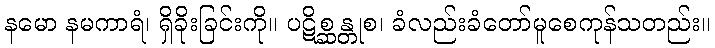
နမော နမကာရံ၊ ရှိခိုးခြင်းကို။ ပဋိစ္ဆန္တုစ၊ ခံလည်းခံတော်မူစေကုန်သတည်း။